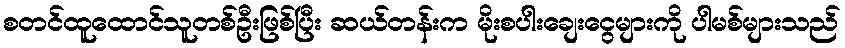
စတင်ထူထောင်သူတစ်ဦးဖြစ်ပြီး ဆယ်တန်းက မိုးစပါးချေးငွေများကို ပါမစ်များသည်